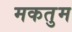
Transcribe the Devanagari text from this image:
मकतुम